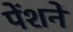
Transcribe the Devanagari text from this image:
पेंशनें